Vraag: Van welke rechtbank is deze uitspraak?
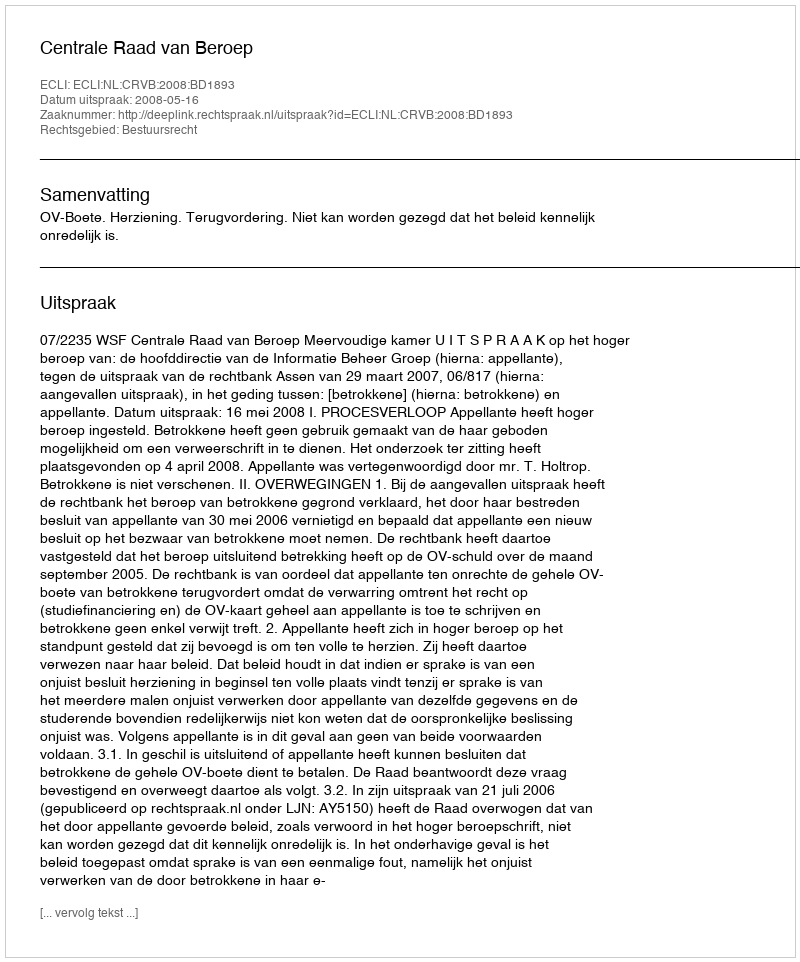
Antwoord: Centrale Raad van Beroep